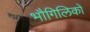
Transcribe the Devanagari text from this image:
भौगिलिकों